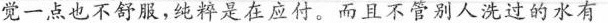
觉一点也不舒服，纯粹是在应付。而且不管别人洗过的水有